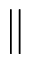
\parallel